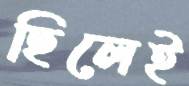
ছিলেই